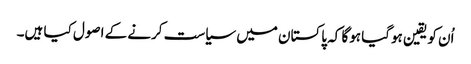
اُن کو یقین ہوگیا ہوگا کہ پاکستان میں سیاست کرنے کے اصول کیا ہیں۔